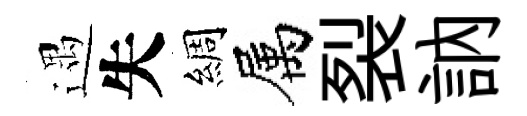
遇失綢属裂訥